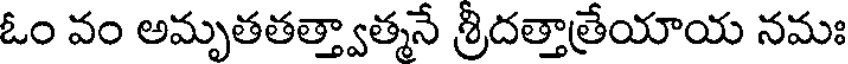
ఓం వం అమృతతత్త్వాత్మనే శ్రిదత్తాత్రేయాయ నమః